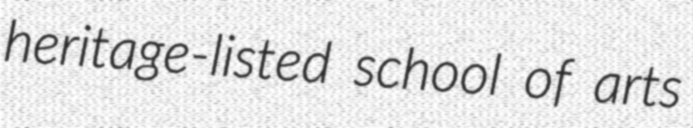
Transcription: heritage-listed school of arts